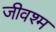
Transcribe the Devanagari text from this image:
जीवश्म